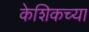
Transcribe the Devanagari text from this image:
केशिकच्या